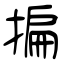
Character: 揙